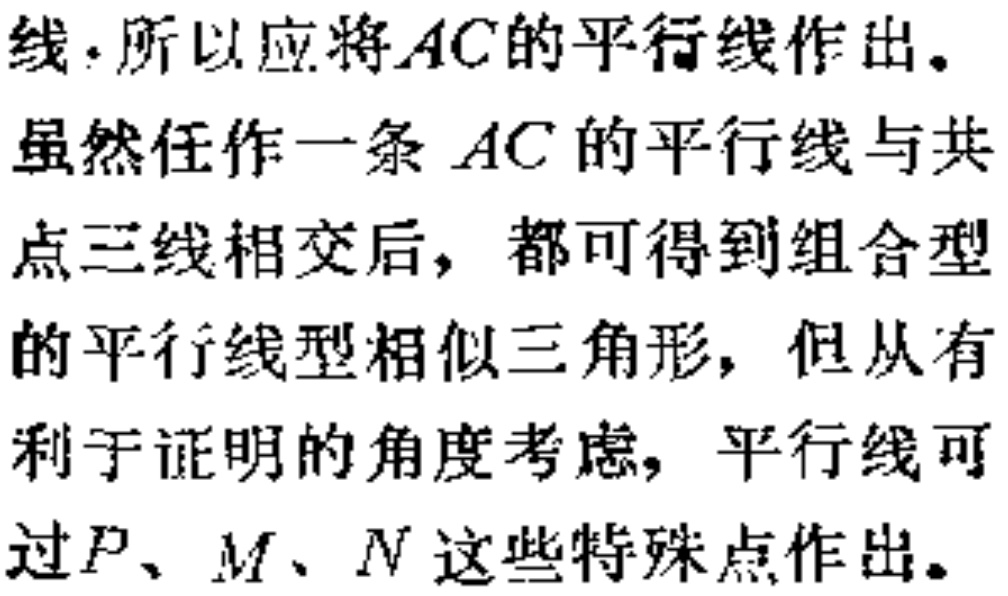
线.所以应将\(AC\)的平行线作出。
虽然任作一条\(AC\)的平行线与共
点三线相交后，都可得到组合型
的平行线型相似三角形，但从有
利于证明的角度考虑，平行线可
过\(P、M、N\)这些特殊点作出。